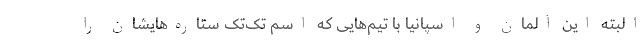
البته این آلمان و اسپانیا با تیم‌هایی که اسم تک‌تک ستاره‌هایشان را